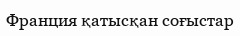
Франция қатысқан соғыстар